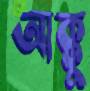
আক্কু